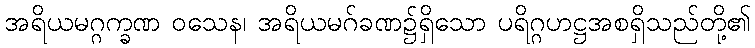
အရိယမဂ္ဂက္ခဏ ဝသေန၊ အရိယမဂ်ခဏ၌ရှိသော ပရိဂ္ဂဟဋ္ဌအစရှိသည်တို့၏